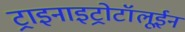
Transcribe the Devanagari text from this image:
ट्राइनाइट्रोटॉलूईन